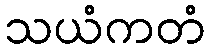
သယံကတံ